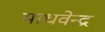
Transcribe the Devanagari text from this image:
माधवेन्द्र